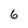
Character: 6